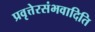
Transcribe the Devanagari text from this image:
प्रवृत्तेरसंभवादिति